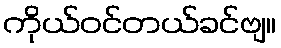
ကိုယ်ဝင်တယ်ခင်ဗျ။